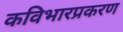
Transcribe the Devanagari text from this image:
कविभारप्रकरण